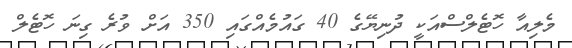
މެލިއާ ހޮޓެލްސްއަކީ ދުނިޔޭގެ 40 ގައުމެއްގައި 350 އަށް ވުރެ ގިނަ ހޮޓެލް